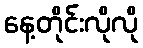
နေ့တိုင်းလိုလို